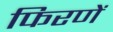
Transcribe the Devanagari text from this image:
फिरणें